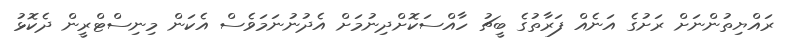
ރައްޔިތުންނަށް ރަށުގެ އަނެއް ފަރާތުގެ ބީޗު ހާއްސަކޮށްދިނުމަށް އެދުނުނަމަވެސް އެކަން މިނިސްޓްރީން ދެކޮޅު